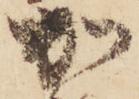
加